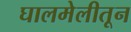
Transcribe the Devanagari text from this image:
घालमेलीतून